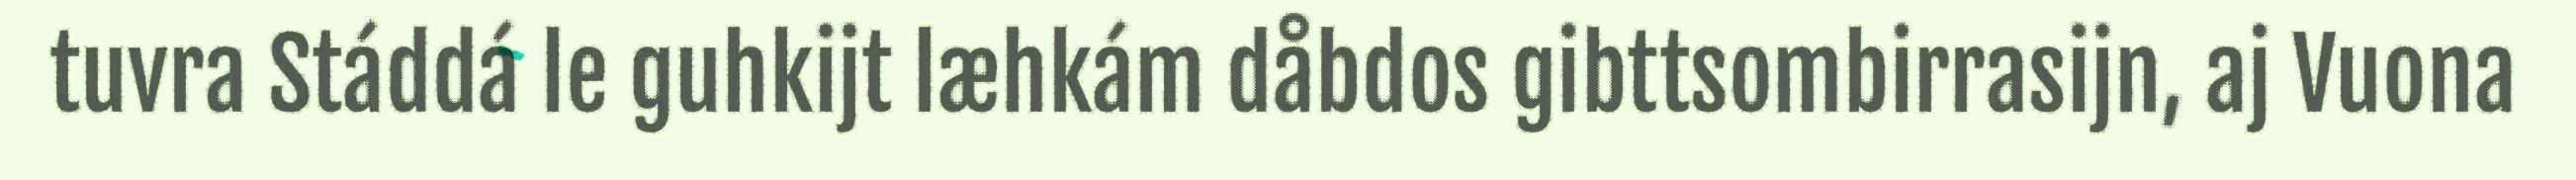
tuvra Stáddá le guhkijt læhkám dåbdos gibttsombirrasijn, aj Vuona